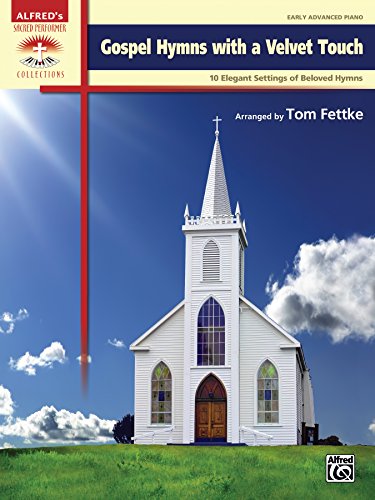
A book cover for Gospel Hymns with a Velvet Touch: 10 Elegant Settings of Beloved Hymns (Sacred Performer Collections); Tom Fettke; Christian Books & Bibles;